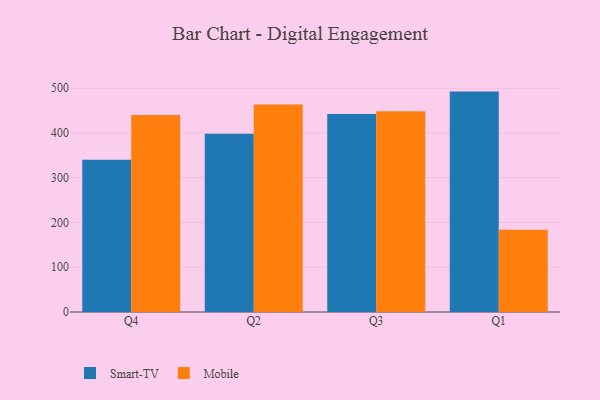
{"axis": {"x": "Quarter", "y": "Shipments"}, "legend": ["Mobile", "Smart-TV"], "data": [{"x": "Q4", "y": 340.3, "type": "Smart-TV"}, {"x": "Q4", "y": 440.4, "type": "Mobile"}, {"x": "Q2", "y": 398.3, "type": "Smart-TV"}, {"x": "Q2", "y": 463.5, "type": "Mobile"}, {"x": "Q3", "y": 442.7, "type": "Smart-TV"}, {"x": "Q3", "y": 448.5, "type": "Mobile"}, {"x": "Q1", "y": 492.6, "type": "Smart-TV"}, {"x": "Q1", "y": 183.7, "type": "Mobile"}]}